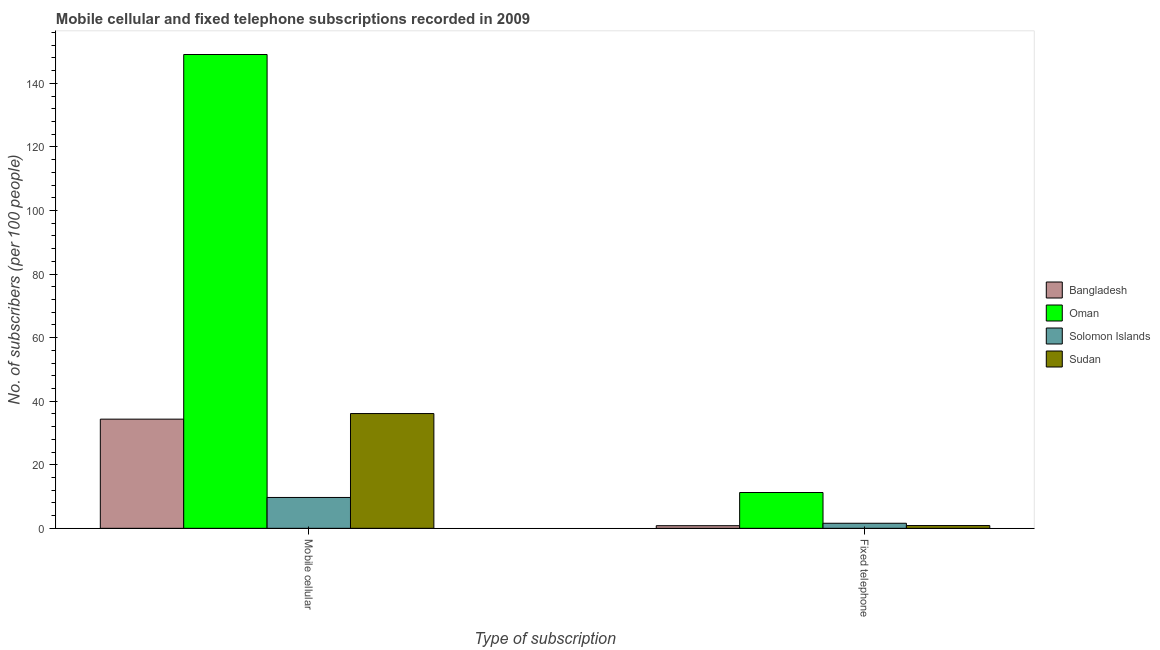
| Type of subscription | Bangladesh | Oman | Solomon Islands | Sudan |
 | --- | --- | --- | --- | --- |
 | Mobile cellular | 34.4 | 149 | 9.71 | 36.1 |
 | Fixed telephone | 0.826 | 11.3 | 1.59 | 0.872 |